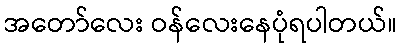
အတော်လေး ဝန်လေးနေပုံရပါတယ်။